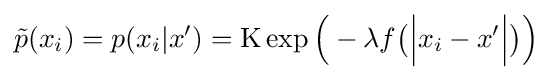
{\tilde {p}}(x_{i})=p(x_{i}|x')=\mathrm {K} \exp {\Big (}-\lambda f{\big (}{\Big |}x_{i}-x'{\Big |}{\big )}{\Big )}